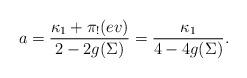
LaTeX: \begin{align*}a=\frac{\kappa_1+\pi_!(ev)}{2-2g(\Sigma)}=\frac{\kappa_1}{4-4g(\Sigma)}.\end{align*}